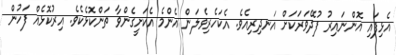
އެޅިފައި އޮންނައިރު ފުދޭވަރަކަށް އަނދިރިއެވެ. އެކަހެރިވެލަން އެންމެ އެކަށީގެންވާ ތަންކޮޅެކެވެ. އިރުކޮޅެއް ފަހުން